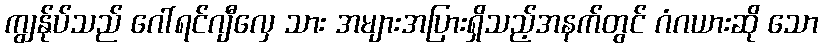
ကျွန်ုပ်သည် ဂေါ်ရင်ဂျီလှေ သား အများအပြားရှိသည့်အနက်တွင် ဂံဂယားဆို သော